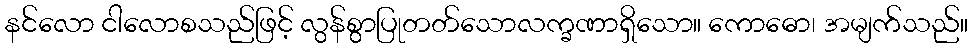
နင်လော ငါလောစသည်ဖြင့် လွန်စွာပြုတတ်သောလက္ခဏာရှိသော။ ကောဓော၊ အမျက်သည်။